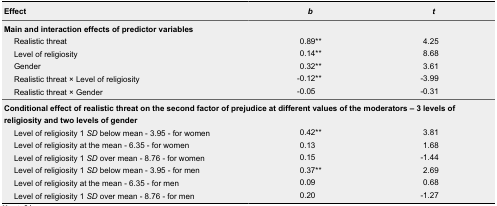
<table><thead><tr><td><b>Effect</b></td><td><b><i>b</i></b></td><td><b><i>t</i></b></td></tr></thead><tbody><tr><td colspan="3"><b>Main and interaction effects of predictor variables</b></td></tr><tr><td>Realistic threat</td><td>0.89**</td><td>4.25</td></tr><tr><td>Level of religiosity</td><td>0.14**</td><td>8.68</td></tr><tr><td>Gender</td><td>0.32**</td><td>3.61</td></tr><tr><td>Realistic threat × Level of religiosity</td><td>-0.12**</td><td>-3.99</td></tr><tr><td>Realistic threat × Gender</td><td>-0.05</td><td>-0.31</td></tr><tr><td colspan="3"><b>Conditional effect of realistic threat on the second factor of prejudice at different values of the moderators – 3 levels of religiosity and two levels of gender</b></td></tr><tr><td>Level of religiosity 1 <i>SD</i> below mean - 3.95 - for women</td><td>0.42**</td><td>3.81</td></tr><tr><td>Level of religiosity at the mean - 6.35 - for women</td><td>0.13</td><td>1.68</td></tr><tr><td>Level of religiosity 1 <i>SD</i> over mean - 8.76 - for women</td><td>0.15</td><td>-1.44</td></tr><tr><td>Level of religiosity 1 <i>SD</i> below mean - 3.95 - for men</td><td>0.37**</td><td>2.69</td></tr><tr><td>Level of religiosity at the mean - 6.35 - for men</td><td>0.09</td><td>0.68</td></tr><tr><td>Level of religiosity 1 <i>SD</i> over mean - 8.76 - for men</td><td>0.20</td><td>-1.27</td></tr></tbody></table>